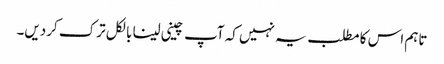
تاہم اس کا مطلب یہ نہیں کہ آپ چینی لینا بالکل ترک کردیں۔